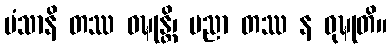
မံသာနိ တဿ ဝဍ္ဎုန္တိ၊ ပညာ တဿ န ဝုဍ္ဎုတိ။